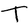
Character: T